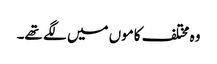
وہ مختلف کاموں میں لگے تھے۔